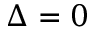
\Delta = 0